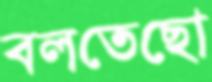
বলতেছো